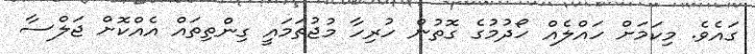
ގައެވެ. މިކަމަށް ހައްލެއް ހޯދުމުގެ ގޮތުން ހުރިހާ މުޖުތަމައީ ގިންތިތައް އެއްކޮށް ޖަލްސާ